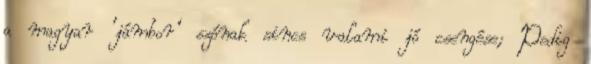
a magyar ’jámbor’ szónak sincs valami jó csengése; Pedig